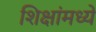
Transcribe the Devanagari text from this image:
शिक्षांमध्ये